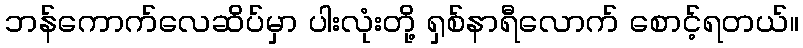
ဘန်ကောက်လေဆိပ်မှာ ပါးလုံးတို့ ရှစ်နာရီလောက် စောင့်ရတယ်။